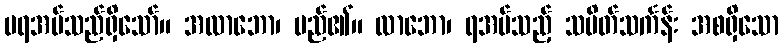
မရအပ်သည်ရှိသော်။ အလာဘော၊ မည်၏။ လာဘော၊ ရအပ်သည့် သပိတ်သင်္ကန်း အစရှိသော